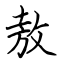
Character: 敖